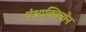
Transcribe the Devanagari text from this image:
एंथ्राक्विनोन